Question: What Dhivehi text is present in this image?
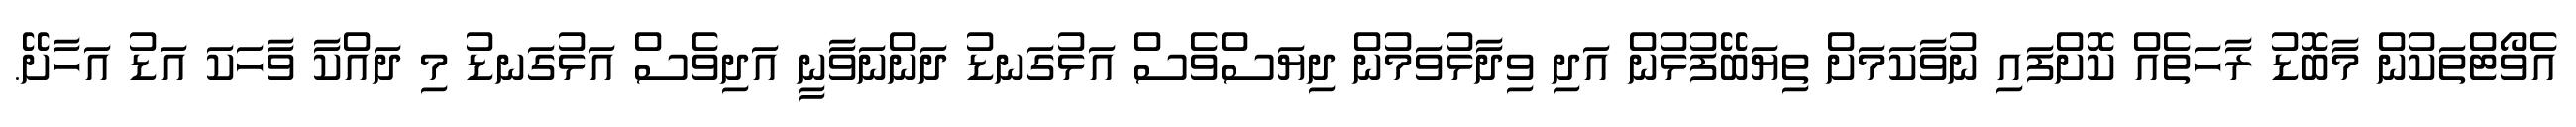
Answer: އެވޯޓްތަކުން މާބޮޑު ރާހަތެއް ކޮށްފައި ނުވާކަމަށް ތިޔަބޭފުޅުން އަދި ވިދާޅުވަމުން ދިޔަސްވެސް އަޅުގަނޑު ދަންނަވާނީ އަދިވެސް އަޅުގަނޑު މި ދައްކާ ވާހަކަ އަޑު އަހާށޭ.